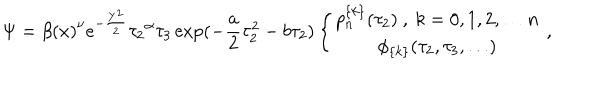
\Psi = { \beta ( x ) } ^ { \nu } e ^ { - \frac { Y ^ { 2 } } { 2 } } { \tau _ { 2 } } ^ { \alpha } \tau _ { 3 } \exp ( - \frac { a } { 2 } \tau _ { 2 } ^ { 2 } - b \tau _ { 2 } ) \left\{ \begin{array} { c } { { p _ { n } ^ { \{ k \} } ( \tau _ { 2 } ) \ , \ k = 0 , 1 , 2 , \ldots n } } \\ { { \phi _ { \{ k \} } ( \tau _ { 2 } , \tau _ { 3 } , \ldots ) } } \\ \end{array} \ , \right.